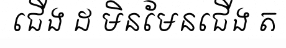
ជើង ដ មិនមែនជើង ត